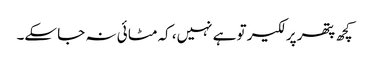
کچھ پتھر پر لکیر تو ہے نہیں، کہ مٹا ئی نہ جا سکے۔